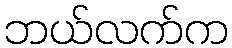
ဘယ်လက်က